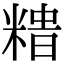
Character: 𥻍